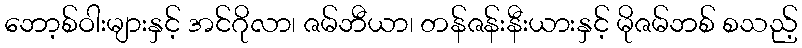
ဘော့စ်ဝါးများနှင့် အင်ဂိုလာ၊ ဇမ်ဘီယာ၊ တန်ဇန်းနီးယားနှင့် မိုဇမ်ဘစ် စသည့်